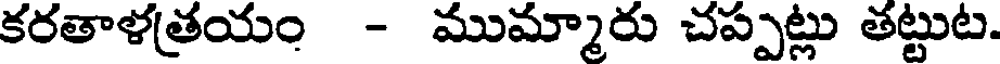
కరతాళత్రయం - ముమ్మారు చప్పట్లు తట్టుట.